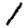
Digit: 1